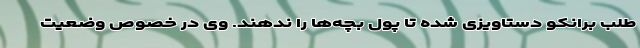
طلب برانکو دستاویزی شده تا پول بچه‌ها را ندهند. وی در خصوص وضعیت